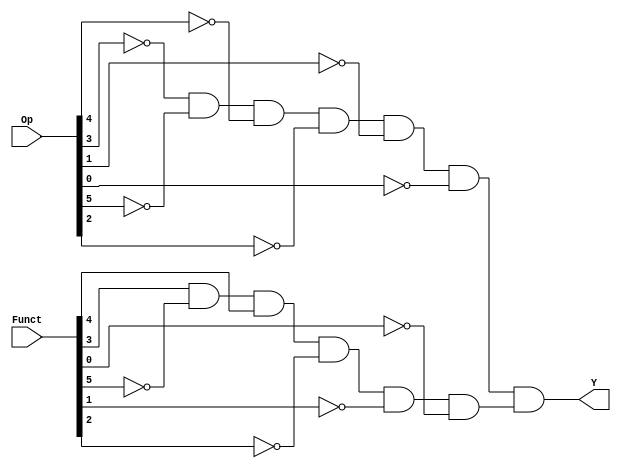
// This program was cloned from: https://github.com/FIUSCIS-CDA/Instructions
// License: MIT License

// Copyright (C) 2020  Intel Corporation. All rights reserved.
// Your use of Intel Corporation's design tools, logic functions 
// and other software and tools, and any partner logic 
// functions, and any output files from any of the foregoing 
// (including device programming or simulation files), and any 
// associated documentation or information are expressly subject 
// to the terms and conditions of the Intel Program License 
// Subscription Agreement, the Intel Quartus Prime License Agreement,
// the Intel FPGA IP License Agreement, or other applicable license
// agreement, including, without limitation, that your use is for
// the sole purpose of programming logic devices manufactured by
// Intel and sold by Intel or its authorized distributors.  Please
// refer to the applicable agreement for further details, at
// https://fpgasoftware.intel.com/eula.

// PROGRAM		"Quartus Prime"
// VERSION		"Version 20.1.1 Build 720 11/11/2020 SJ Lite Edition"
// CREATED		"Thu May 18 10:22:20 2023"

module MULT(
	Funct,
	Op,
	Y
);


input wire	[5:0] Funct;
input wire	[31:26] Op;
output wire	Y;

wire	isMULT;
wire	isRTYPE;
wire	NOTF0;
wire	NOTF1;
wire	NOTF2;
wire	NOTF5;
wire	NOTOp26;
wire	NOTOp27;
wire	NOTOp28;
wire	NOTOp29;
wire	NOTOp30;
wire	NOTOp31;




assign	isRTYPE = NOTOp29 & NOTOp31 & NOTOp30 & NOTOp28 & NOTOp27 & NOTOp26;

assign	Y = isRTYPE & isMULT;

assign	NOTF0 =  ~Funct[0];

assign	NOTF5 =  ~Funct[5];

assign	isMULT = Funct[3] & NOTF5 & Funct[4] & NOTF2 & NOTF1 & NOTF0;

assign	NOTF1 =  ~Funct[1];

assign	NOTF2 =  ~Funct[2];

assign	NOTOp30 =  ~Op[30];

assign	NOTOp29 =  ~Op[29];

assign	NOTOp27 =  ~Op[27];

assign	NOTOp26 =  ~Op[26];

assign	NOTOp31 =  ~Op[31];

assign	NOTOp28 =  ~Op[28];


endmodule